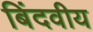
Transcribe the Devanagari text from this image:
बिंदवीय